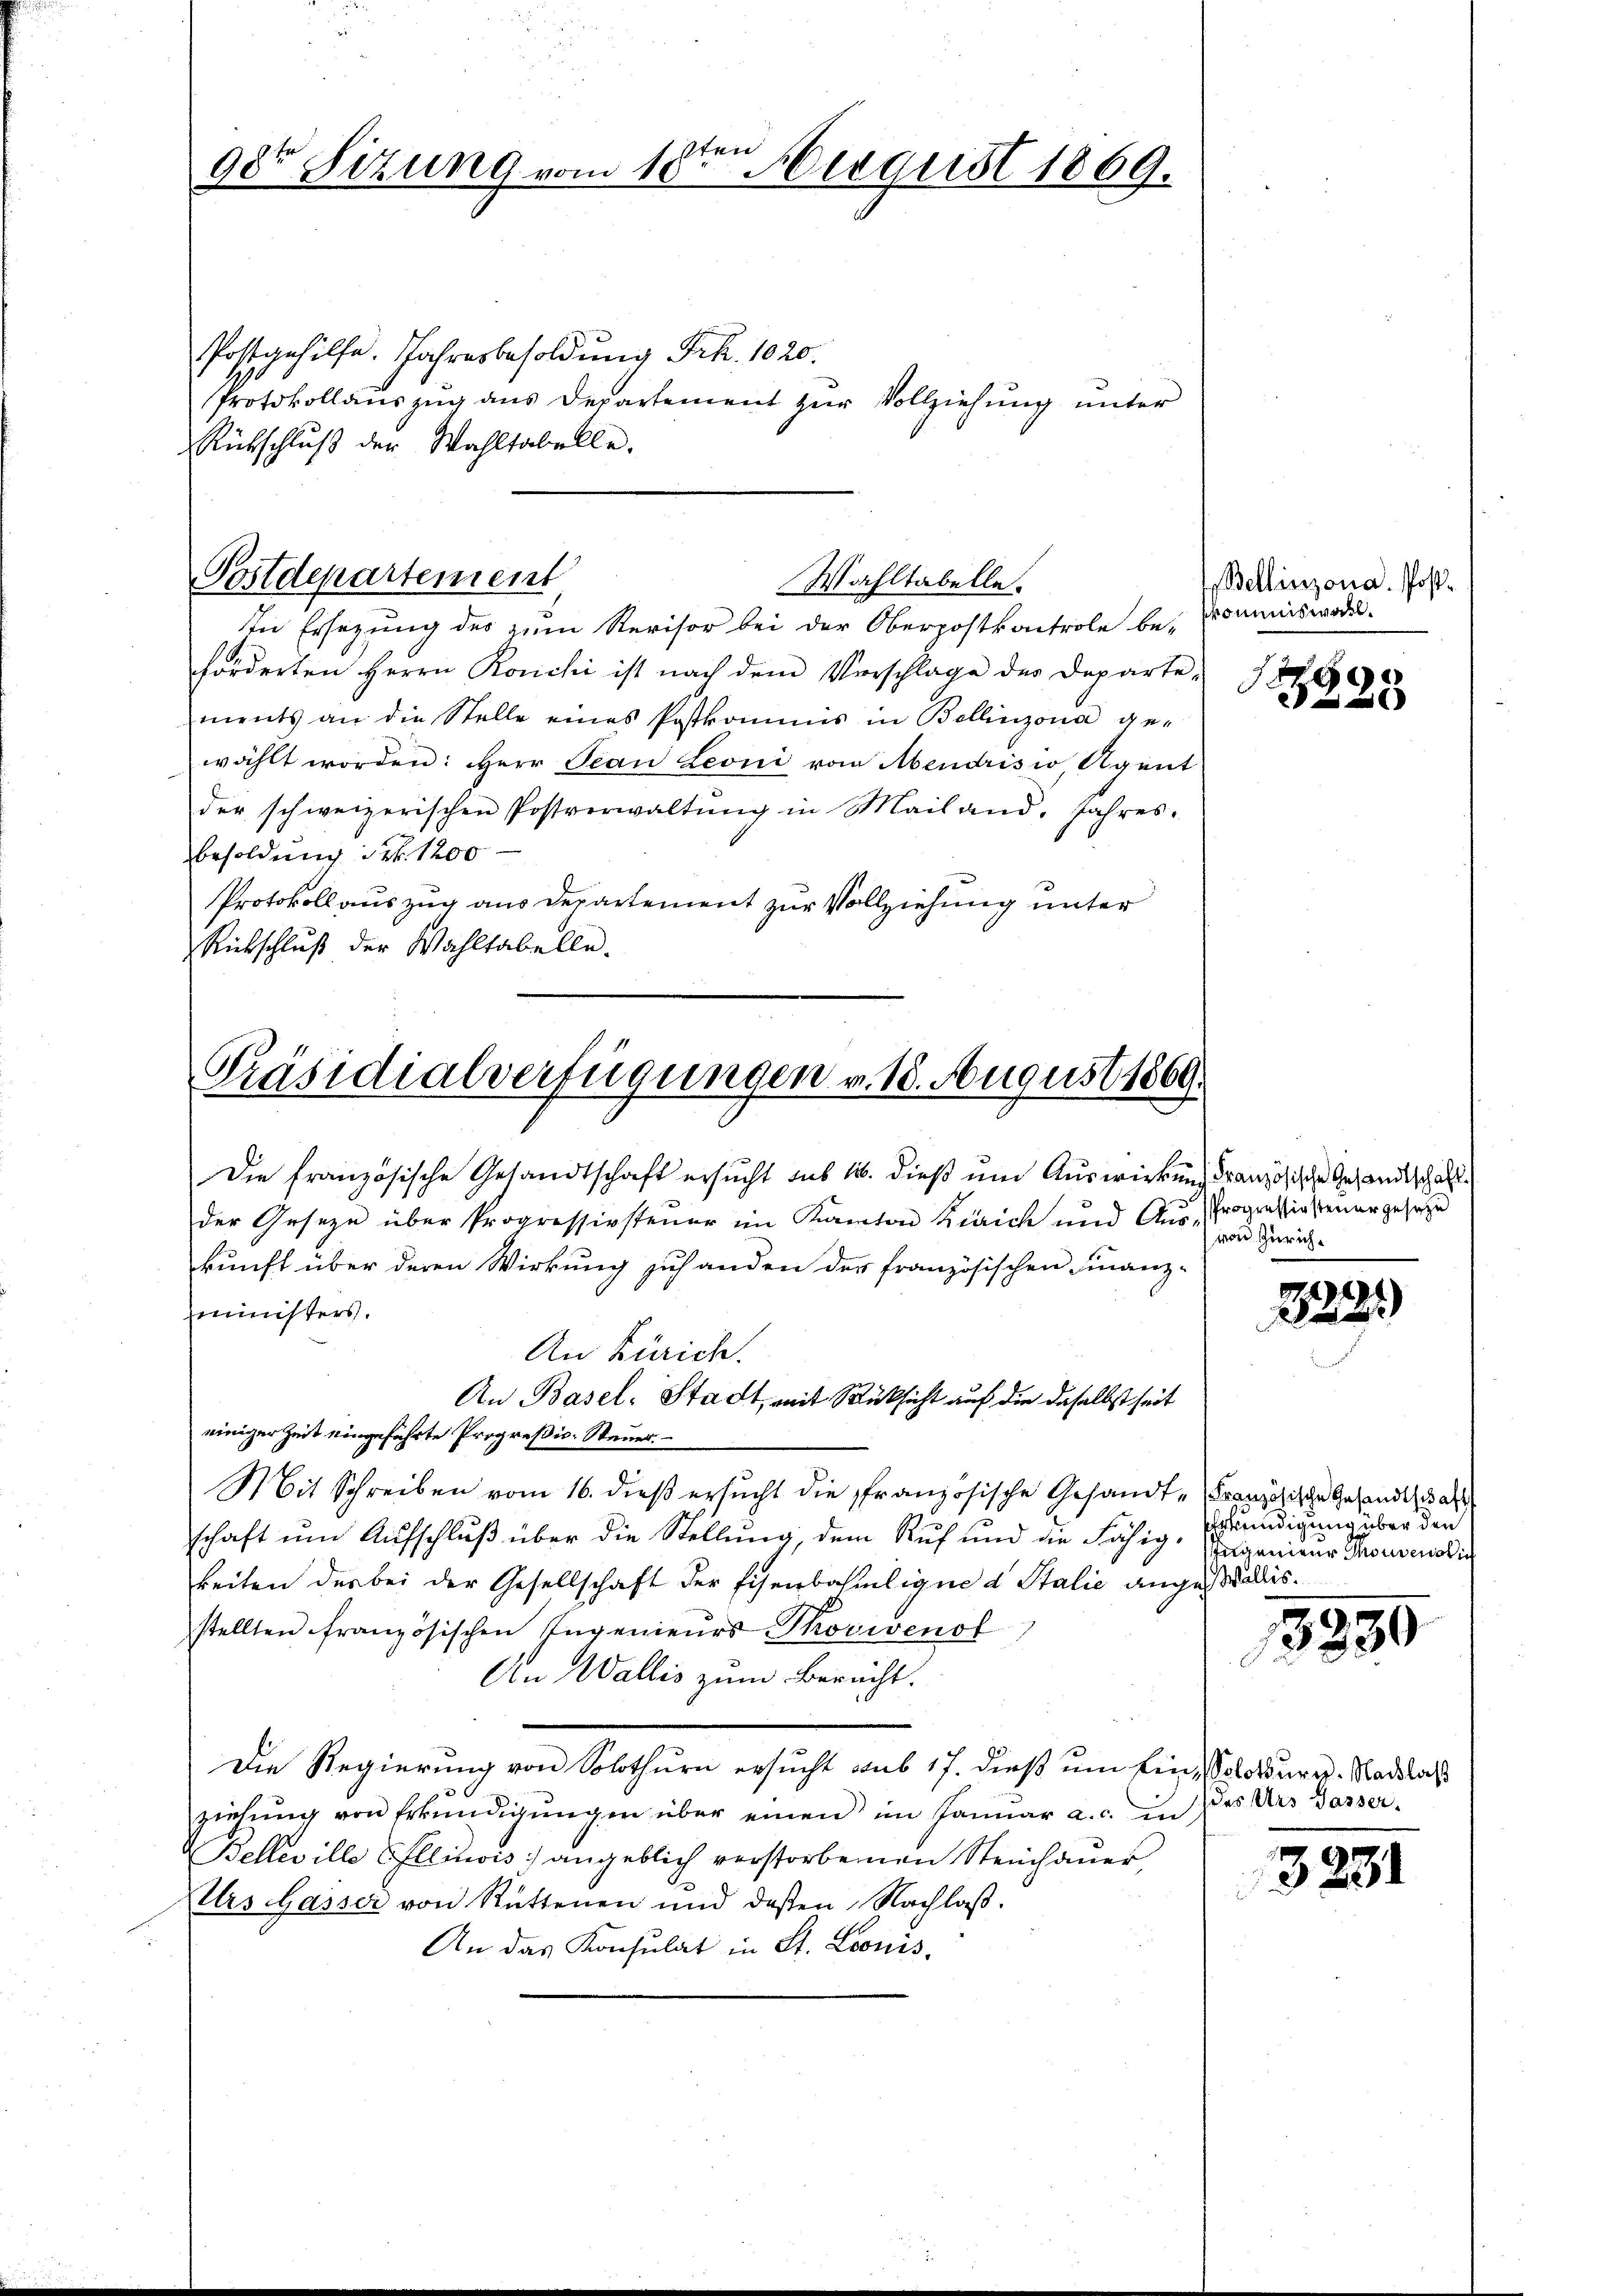
98te Sitzung vom 10te͇n August 1869.

Postgehilfe. Jahresbesoldung Frk. 1020.
Protokollaŭszŭg ans Departement zŭr Vollziehŭng ŭnter
Rückschluß der Wahltabelle.

Postdepartement
Wahltabelle.

In Ersezung des zum Revisor bei der Oberpostkontrole be- Commiswadelforderten Herrn Ronchi ist nach dem Verschlage des Departe-
ments an die Stelle eines Postkommis in Bellinzona ge-
wählt worden: Herr Jean Leoni vom Mendrisio, Agent
der schweizerischen Postverwaltŭng in Mailand. Jahres-
Besoldung Nr. 1200
Protokoll auszug aus Departement zur Vollziehung unter
Rückschluß der Wahltabelle.

Präsidialverfügungen v. 18. August 1869.

Die französische Gesandtschaft ersucht aus 16. dieß um Auswirkung dranzösische Gesandtschaft
der Geseze über Progressivsteuer im Kanton Zürich und Aus- Progressiastenergeseze
kunft über deren Wirkung zuhanden der französischen Finanz-
mministers.
An Zürich.
An Basel-Stadt, mit Rücksicht auf die daselbst seit
einiger Zeit eingeführte Progreßis-Steuer.
Mit Schreiben vom 16. dieß ersucht die französische Gesandt-Französische Gesandtschaft
schaft um Aufschluß über die Stellung, dem Ruf und die Fähig, Ingenieur Grossenodie
keiten der bei der Gesellschaft der Eisenbahnligne d Stalie angestallis.
stellten französischen Ingenieŭrs-Thovivenof
An Wallis zum Berecht.
Die Regierung von Solothurn ersucht aus 17. dieß um ein, Solothurn. Nachlaß
ziehung von Erkundigungen über einen im Januar a. c. in
Beller ille Ellinois angeblich verstorbenen Steinhauer
Prs Gasser von Rüttenen und deßen Nachlaβ.
An das Konsulat in St. Leonis,

Bellinzona. Post¬

9

von Zürich¬

3221)

Erkündigung über den

3850

(des Urs Gasser.

3231